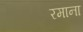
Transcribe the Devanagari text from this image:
रमाना